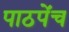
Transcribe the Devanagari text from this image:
पाठपेंच